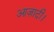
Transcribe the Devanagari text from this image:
आज़ादी।